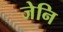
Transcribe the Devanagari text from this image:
जेनि